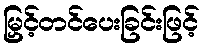
မြှင့်တင်ပေးခြင်းဖြင့်